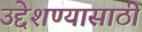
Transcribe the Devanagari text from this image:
उद्देशण्यासाठी